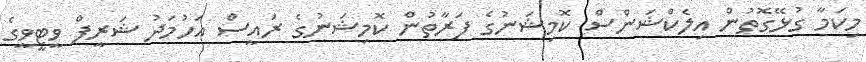
މިކަމާ ގުޅޭގޮތުން އިލެކްޝަންސް ކޮމިޝަނުގެ ފަރާތުން ކޮމިޝަނުގެ ރައީސް އަހުމަދު ޝަރީފް ވީޓީވީގެ